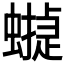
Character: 𧑻